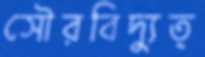
সৌরবিদ্যুত্